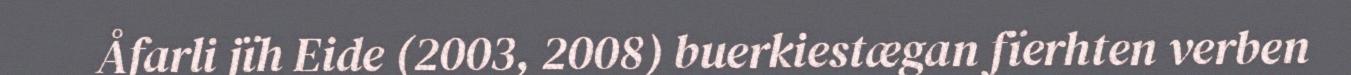
Åfarli jïh Eide (2003, 2008) buerkiestægan fïerhten verben